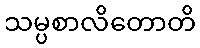
သမ္ပစာလိတောတိ